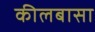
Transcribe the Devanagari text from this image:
कीलबासा